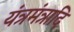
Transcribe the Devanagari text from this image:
यंत्रमंत्रादि